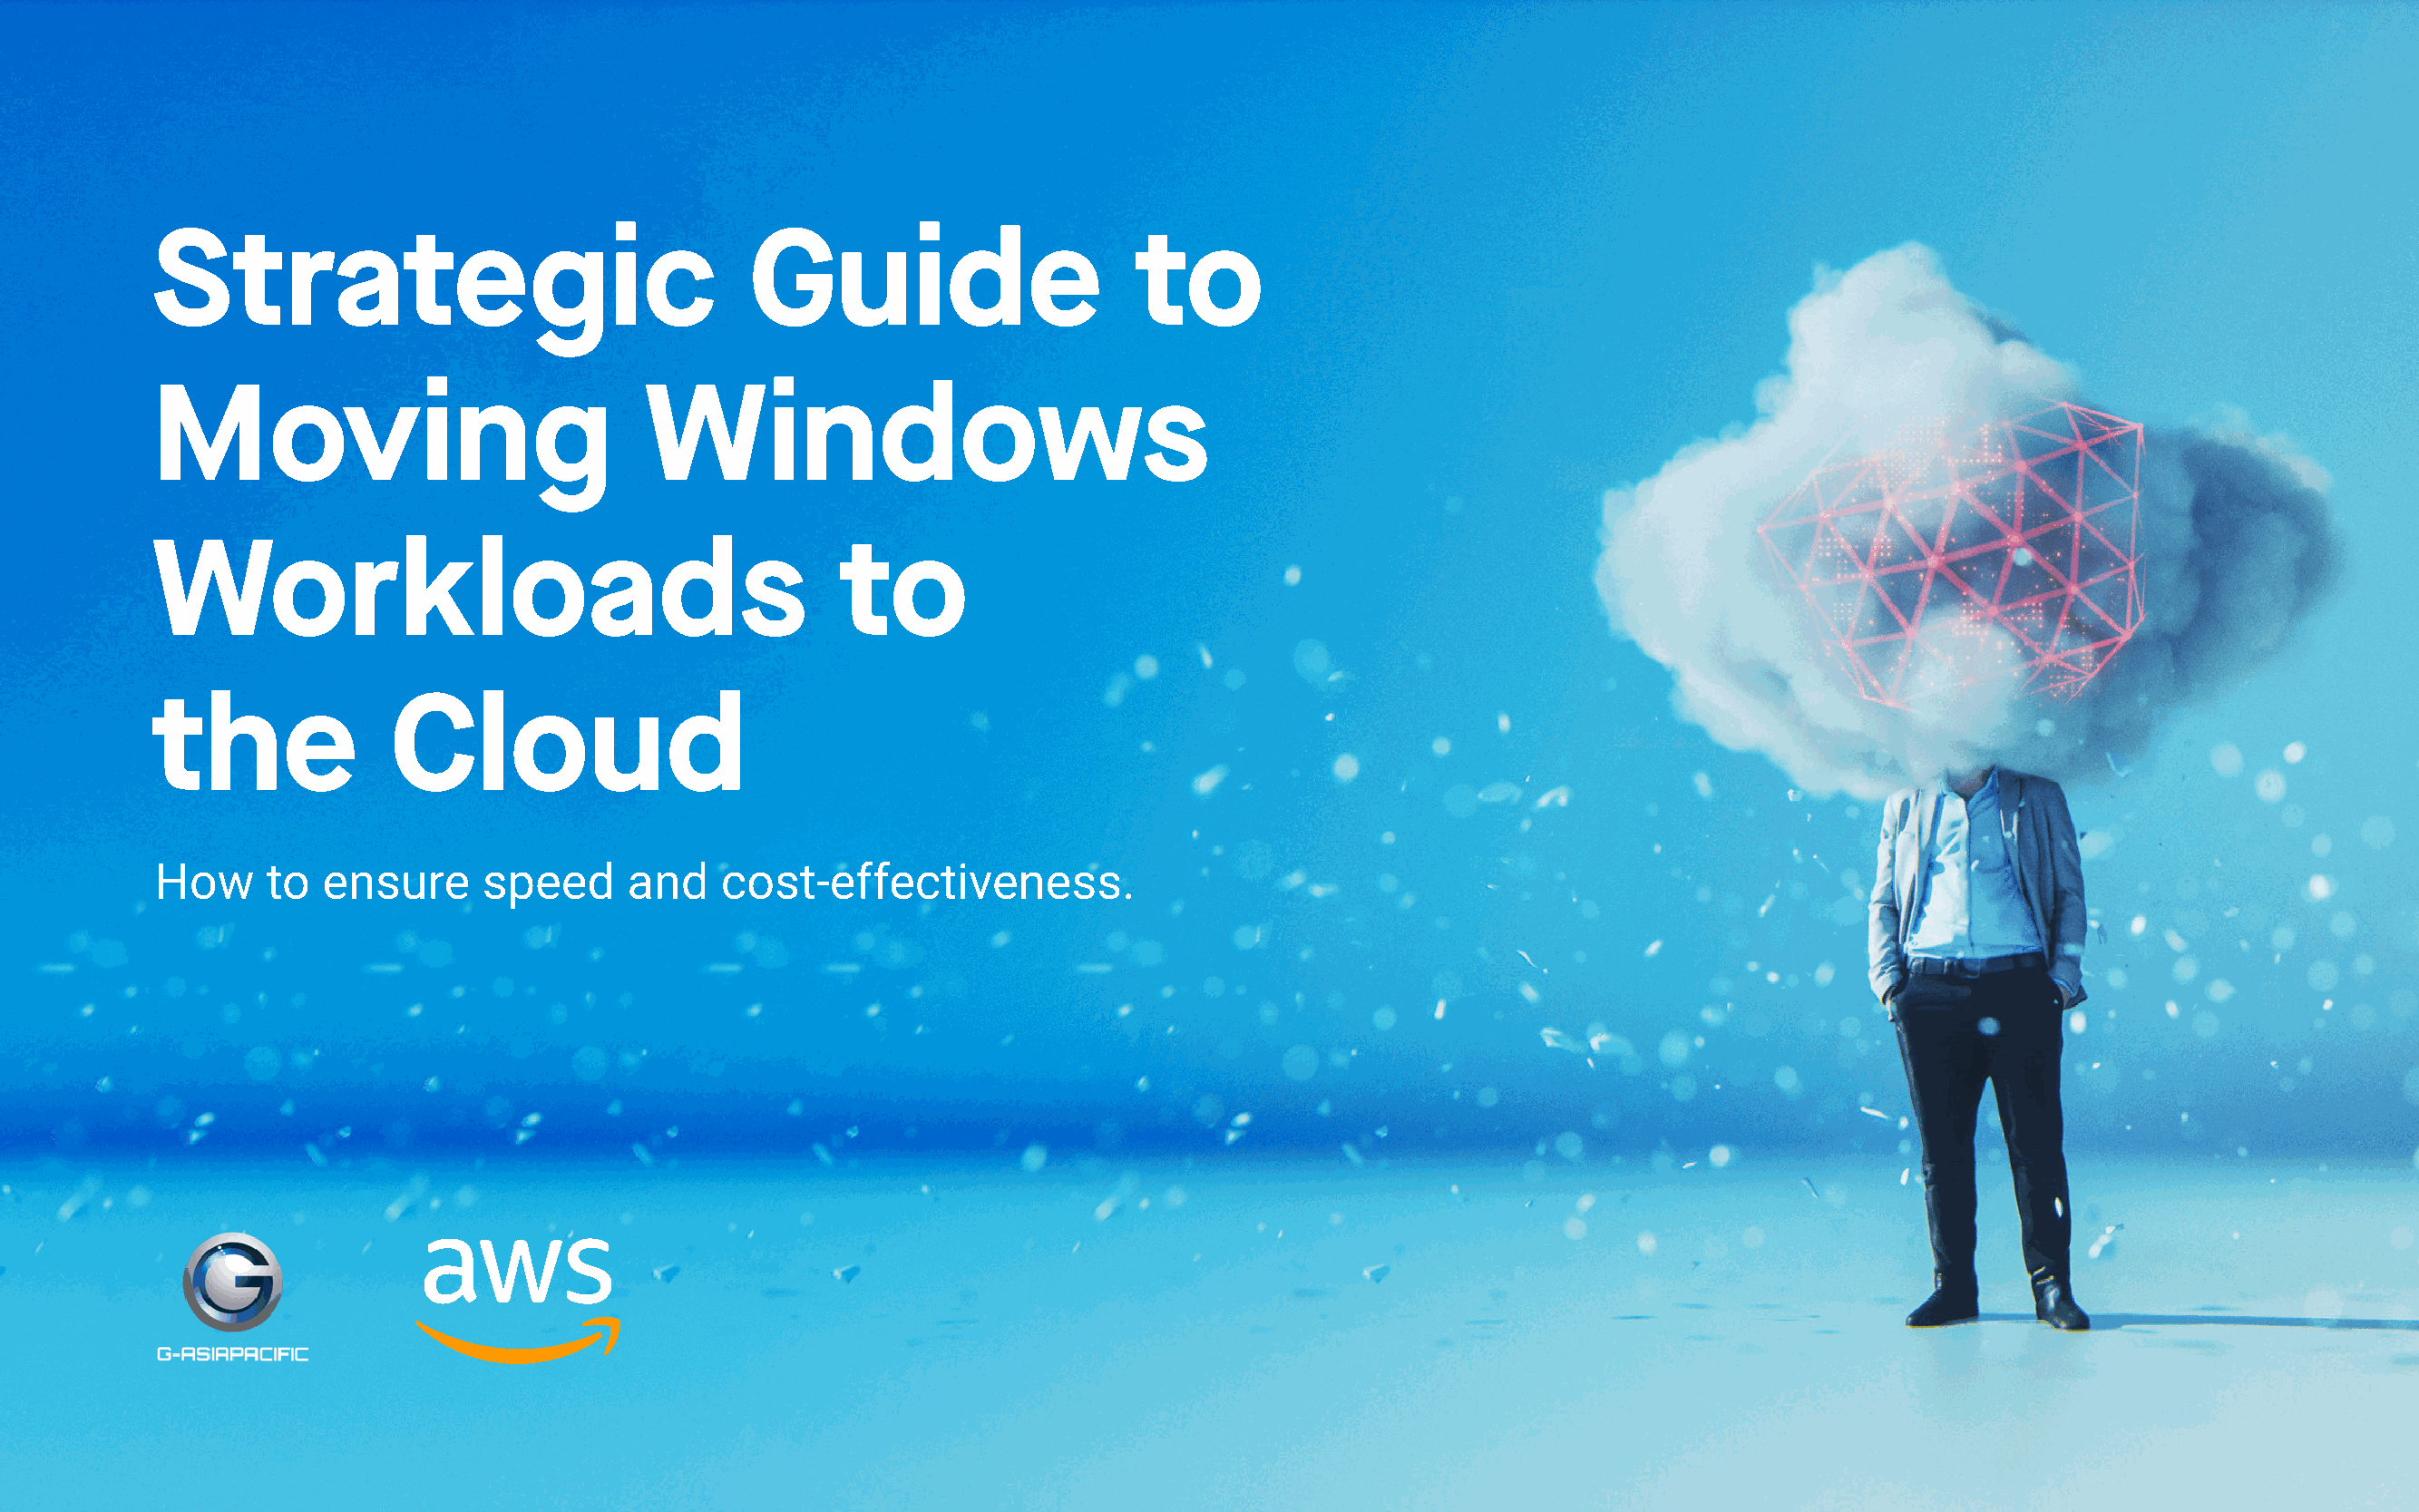
Strategic                                   Guide                       to
 Moving                              Windows
 Workloads                                         to
 the              Cloud
 How     to   ensure     speed      and    cost-effectiveness.